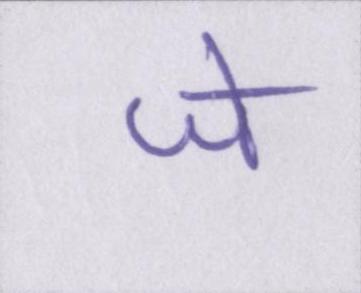
जे